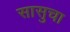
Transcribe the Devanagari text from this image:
सासुचा